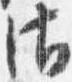
御